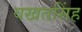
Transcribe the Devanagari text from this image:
वखतसिंह